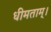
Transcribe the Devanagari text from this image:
धीमताम्।